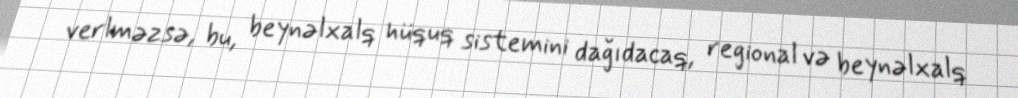
verlməzsə, bu, beynəlxalq hüquq sistemini dağıdacaq, regional və beynəlxalq